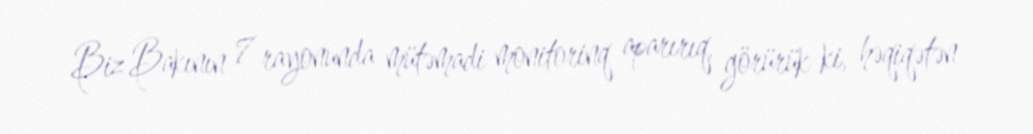
Biz Bakının 7 rayonunda mütəmadi monitorinq aparırıq, görürük ki, həqiqətən